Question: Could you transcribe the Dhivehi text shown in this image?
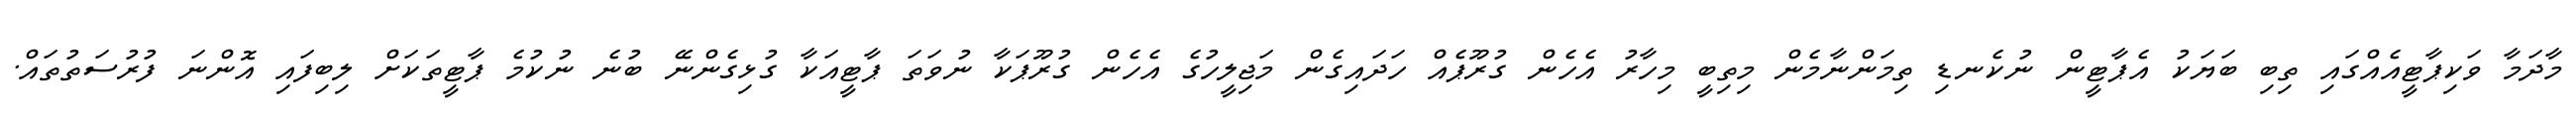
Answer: މާދަމާ ވަކިޕާޓީއެއްގައި ތިބި ބަޔަކު އެޕާޓީން ނުކެނޑި ތިމަންނާމެން މިތިބީ މިހާރު އެހެން ގުރޫޕެއް ހަދައިގެން މަޖިލީހުގެ އެހެން ގުރޫޕަކާ ނުވަތަ ޕާޓީއަކާ ގުޅިގެންނޭ ބުނެ ނުކުމެ ޕާޓީތަކަށް ލިބިފައި އޮންނަ ފުރުސަތުތައް.